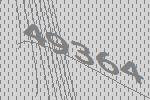
49364